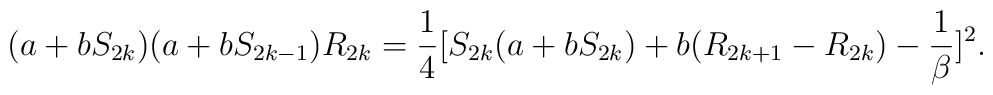
(a+b S_{2k})(a+b S_{2k-1}) R_{2k} = {1 \over 4} [S_{2k} (a+b S_{2k}) +b(R_{2k+1}-R_{2k}) - {1 \over \beta}]^{2}.